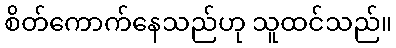
စိတ်ကောက်နေသည်ဟု သူထင်သည်။